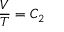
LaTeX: { \frac { V } { T } } = C _ { 2 }